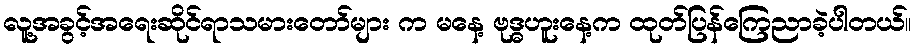
လူ့အခွင့်အရေးဆိုင်ရာသမားတော်များ က မနေ့ ဗုဒ္ဓဟူးနေ့က ထုတ်ပြန်ကြေညာခဲ့ပါတယ်။